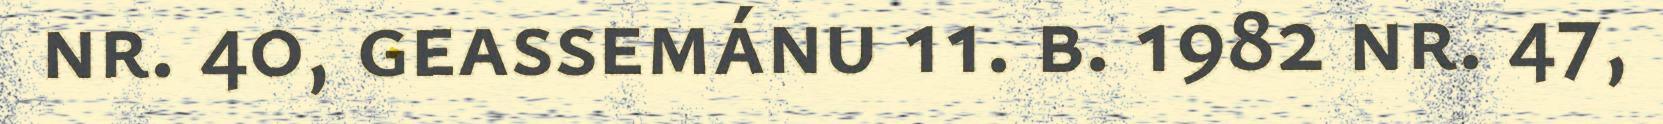
nr. 40, geassemánu 11. b. 1982 nr. 47,